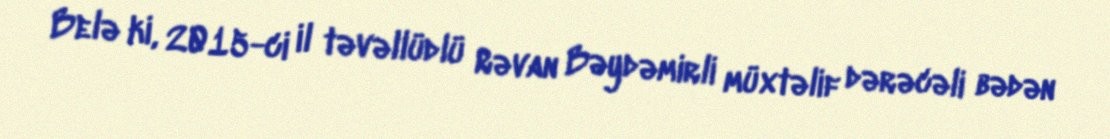
Belə ki, 2015-ci il təvəllüdlü Rəvan Bəydəmirli müxtəlif dərəcəli bədən